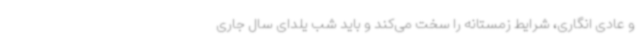
و عادی انگاری، شرایط زمستانه را سخت می‌کند و باید شب یلدای سال جاری